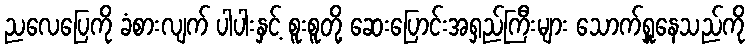
ညလေပြေကို ခံစားလျက် ပါပါးနှင့် စူးစူတို့ ဆေးပြောင်းအရှည်ကြီးများ သောက်ရှူနေသည်ကို